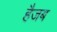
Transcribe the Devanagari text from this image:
हैजब